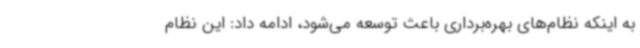
به اینکه نظام‌های بهره‌برداری باعث توسعه می‌شود، ادامه داد: این نظام